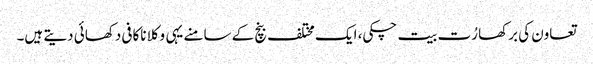
تعاون کی برکھا رُت بیت چکی، ایک مختلف بنچ کے سامنے یہی وکلا ناکافی دکھائی دیتے ہیں۔